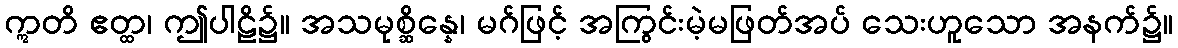
ဣတိ ဧတ္ထ၊ ဤပါဠိ၌။ အသမုစ္ဆိန္နေ၊ မဂ်ဖြင့် အကြွင်းမဲ့မဖြတ်အပ် သေးဟူသော အနက်၌။